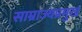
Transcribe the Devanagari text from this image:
साम्राज्यप्रमुख